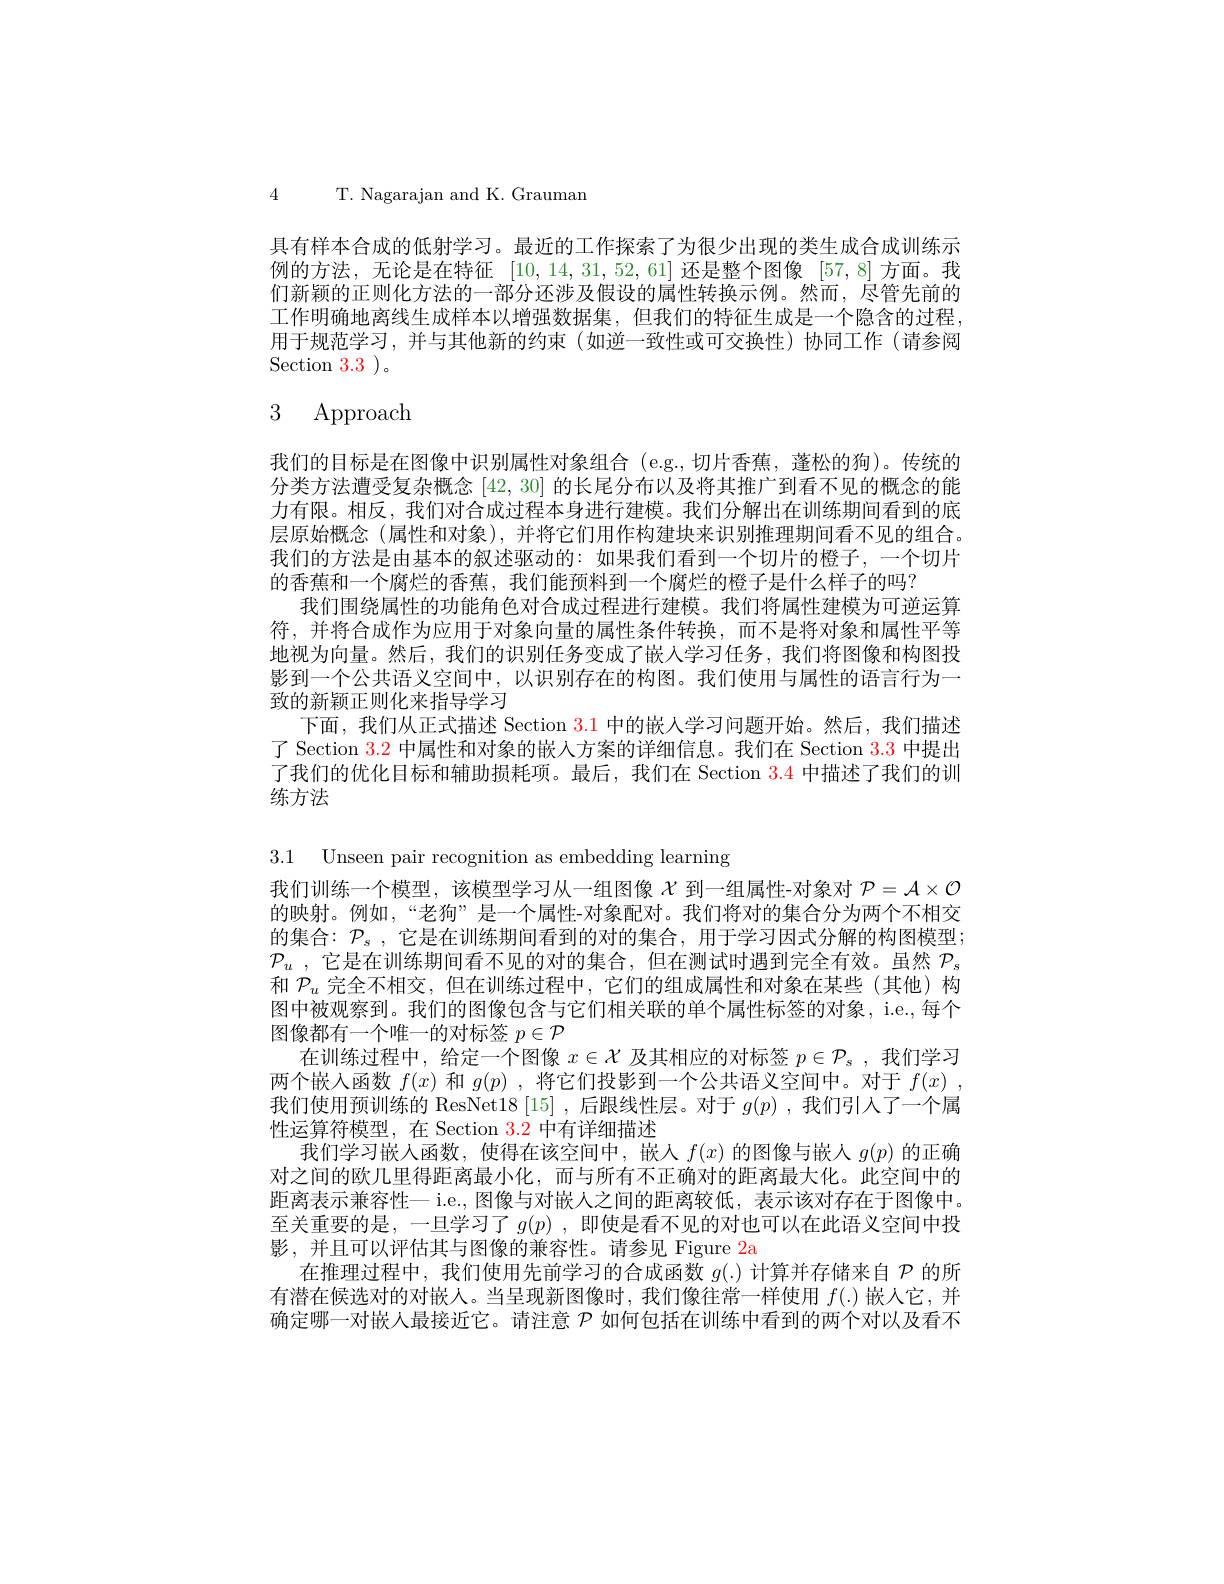
4T. Nagarajan and K. Grauman

具有样本合成的低射学习。最近的工作探索了为很少出现的类生成合成训练示例的方法，无论是在特征[10,14,31,52,61]还是整个图像[57,8]方面。我们新颖的正则化方法的一部分还涉及假设的属性转换示例。然而，尽管先前的工作明确地离线生成样本以增强数据集，但我们的特征生成是一个隐含的过程用于规范学习，并与其他新的约束(如逆一致性或可交换性)协同工作(请参阅$\operatorname{Section}3.3$)。

# 3 Approach

我们的目标是在图像中识别属性对象组合 (e.g.,切片香蕉，蓬松的狗)。传统的分类方法遭受复杂概念[42,30]的长尾分布以及将其推广到看不见的概念的能力有限。相反，我们对合成过程本身进行建模。我们分解出在训练期间看到的底层原始概念 (属性和对象),并将它们用作构建块来识别推理期间看不见的组合。我们的方法是由基本的叙述驱动的：如果我们看到一个切片的橙子，一个切片的香蕉和一个腐烂的香蕉，我们能预料到一个腐烂的橙子是什么样子的吗？
我们围绕属性的功能角色对合成过程进行建模。我们将属性建模为可逆运算符，并将合成作为应用于对象向量的属性条件转换，而不是将对象和属性平等地视为向量。然后，我们的识别任务变成了嵌人学习任务，我们将图像和构图投影到一个公共语义空间中，以识别存在的构图。我们使用与属性的语言行为一致的新颖正则化来指导学习
下面，我们从正式描述 Section 3.1 中的嵌人学习问题开始。然后，我们描述了 Section $\color{red}{3.2}$中属性和对象的嵌入方案的详细信息。我们在 Section $\color{red}{3.3}$中提出了我们的优化目标和辅助损耗项。最后，我们在 Section $\color{red}{3.4}$中描述了我们的训练方法

3.1 Unseen pair recognition as embedding learning
我们训练一个模型，该模型学习从一组图像$\chi$到一组属性-对象对$\mathcal{P}=\mathcal{A}\times\mathcal{O}$ 的映射。例如，“老狗”是一个属性-对象配对。我们将对的集合分为两个不相交的集合：$\mathcal{P}_s$,它是在训练期间看到的对的集合，用于学习因式分解的构图模型； $\mathcal{P} _u$ , 它是在训练期间看不见的对的集合，但在测试时遇到完全有效。虽然 $\mathcal{P}_s$ 和$\mathcal{P}_u$完全不相交，但在训练过程中，它们的组成属性和对象在某些(其他)构图中被观察到。我们的图像包含与它们相关联的单个属性标签的对象，i.e.,每个图像都有一个唯一的对标签$p\in\mathcal{P}$
在训练过程中，给定一个图像$x\in\mathcal{X}$及其相应的对标签$p\in\mathcal{P}_s$,我们学习两个嵌入函数$f(x)$和$g(p)$ ,将它们投影到一个公共语义空间中。对于$f( x)$ , 我们使用预训练的 ResNet18 [15] ,后跟线性层。对于$g(p)$ ,我们引人了一个属性运算符模型，在 Section $\color{red}{3.2}$中有详细描述
我们学习嵌人函数，使得在该空间中，嵌人$f(x)$的图像与嵌人$g(p)$的正确对之间的欧几里得距离最小化，而与所有不正确对的距离最大化。此空间中的距离表示兼容性一 i.e., 图像与对嵌人之间的距离较低，表示该对存在于图像中。至关重要的是，一旦学习了$g( p)$ , 即使是看不见的对也可以在此语义空间中投影 , 并且可以评估其与图像的兼容性。请参见 Figure 2a
在推理过程中，我们使用先前学习的合成函数$g(.)$计算并存储来自$\mathcal{P}$的所有潜在候选对的对嵌人。当呈现新图像时，我们像往常一样使用$f(.)$嵌人它，并确定哪一对嵌人最接近它。请注意$\mathcal{P}$如何包括在训练中看到的两个对以及看不